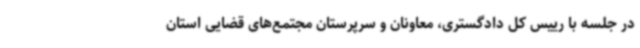
در جلسه با رییس کل دادگستری، معاونان و سرپرستان مجتمع‌های قضایی استان